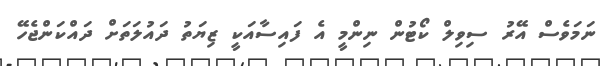
ނަމަވެސް އޭރު ސިވިލް ކޯޓުން ނިންމީ އެ ފައިސާއަކީ ޒިޔަތު ދައުލަތަށް ދައްކަންޖެހޭ